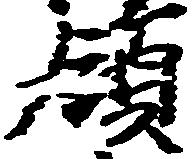
領